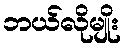
ဘယ်လိုမျိုး